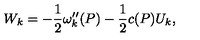
W _ { k } = - { \frac { 1 } { 2 } } \omega _ { k } ^ { \prime \prime } ( P ) - { \frac { 1 } { 2 } } c ( P ) U _ { k } ,